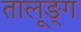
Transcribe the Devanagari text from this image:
तालूङ्ग